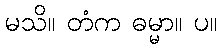
မသိ။ တံက ဓမ္မာ။ ပ။